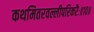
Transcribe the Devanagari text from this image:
कथमितरवल्लीपरिकरैः॥१०॥